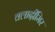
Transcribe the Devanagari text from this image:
वलादीमिर